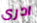
ادرى